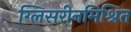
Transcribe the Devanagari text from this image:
ग्लिसरीनमिश्रित